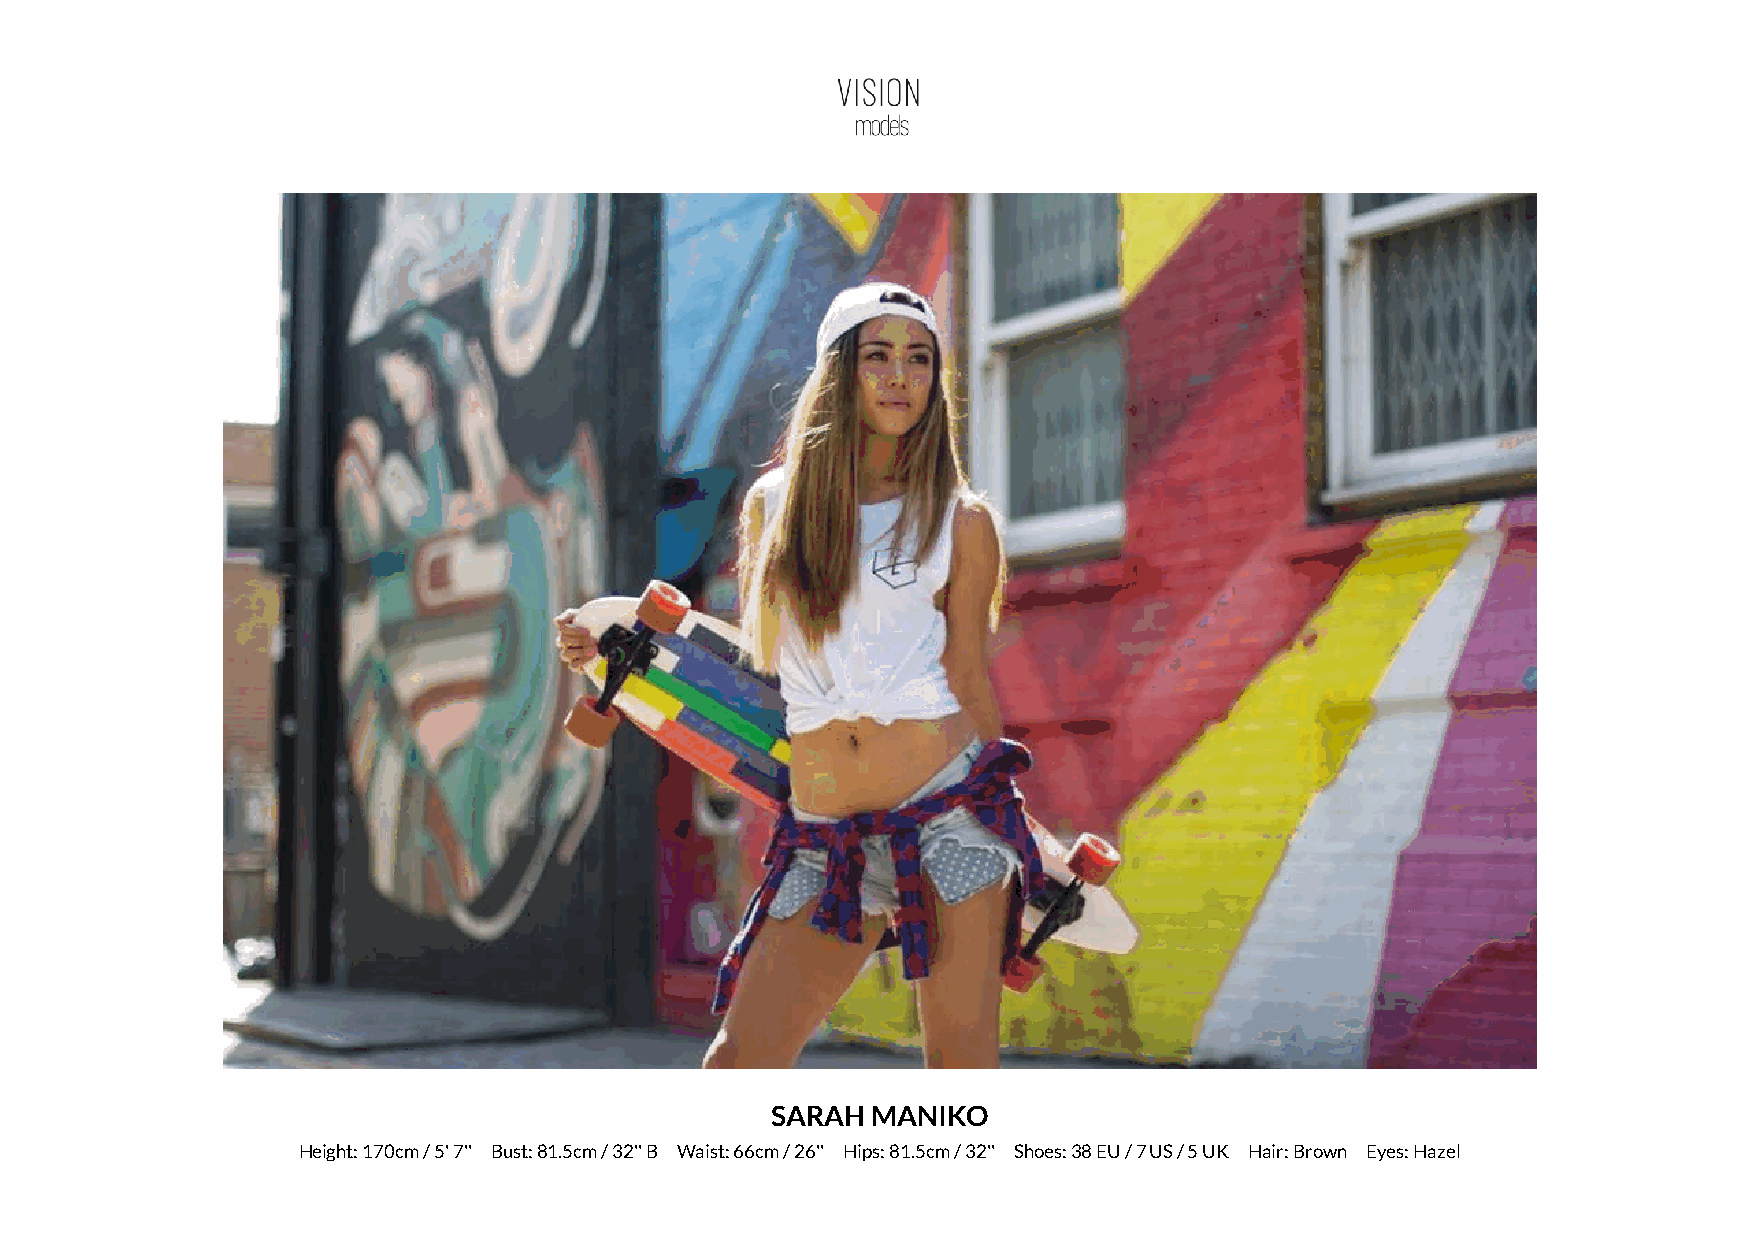
SARAH  MANIKO
 Height: 170cm / 5' 7'' Bust: 81.5cm / 32'' B Waist: 66cm / 26'' Hips: 81.5cm / 32'' Shoes: 38 EU / 7 US / 5 UK Hair: Brown Eyes: Hazel